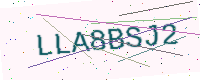
Text: LLA8BSJ2